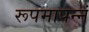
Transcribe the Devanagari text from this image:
रूपमापन्नं